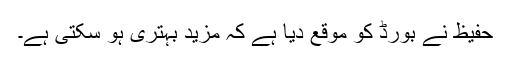
حفیظ نے بورڈ کو موقع دیا ہے کہ مزید بہتری ہو سکتی ہے۔